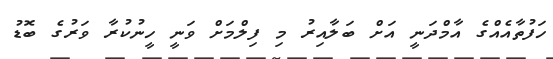
ހަފުތާއެއްގެ އާމްދަނީ އަށް ބަލާއިރު މި ފިލްމަށް ވަނީ ހީނުކުރާ ވަރުގެ ބޮޑު